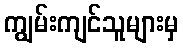
ကျွမ်းကျင်သူများမှ